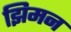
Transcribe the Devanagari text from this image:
झिमन